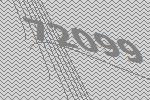
72099